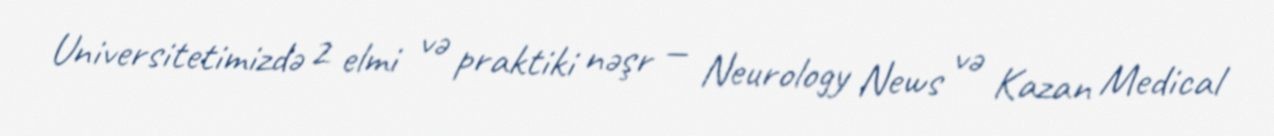
Universitetimizdə 2 elmi və praktiki nəşr — Neurology News və Kazan Medical